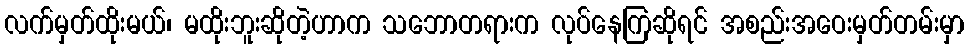
လက်မှတ်ထိုးမယ်၊ မထိုးဘူးဆိုတဲ့ဟာက သဘောတရားက လုပ်နေကြဆိုရင် အစည်းအဝေးမှတ်တမ်းမှာ